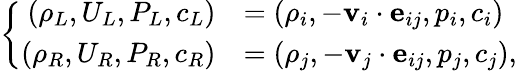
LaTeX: \left\{ \begin{array}{rl}{\left(\rho_{L},U_{L},P_{L},c_{L}\right)}&{=\left(\rho_{i},-\textbf{v}_{i}\cdot\textbf{e}_{ij},p_{i},c_{i}\right)}\\ {\left(\rho_{R},U_{R},P_{R},c_{R}\right)}&{=\left(\rho_{j},-\textbf{v}_{j}\cdot\textbf{e}_{ij},p_{j},c_{j}\right),}\end{array}\right.